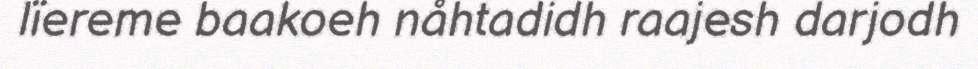
lïereme baakoeh nåhtadidh raajesh darjodh